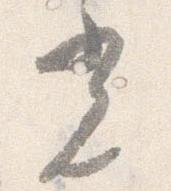
光